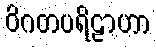
ဝိဂတပရိဠာဟာ